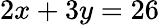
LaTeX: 2x+3y=26